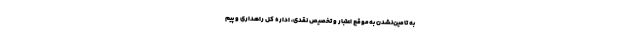
به تامین‌نشدن به‌موقع اعتبار و تخصیص نقدی، اداره کل راهداری و پیم